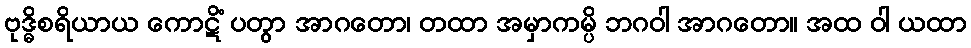
ဗုဒ္ဓိစရိယာယ ကောဋိံ ပတွာ အာဂတော၊ တထာ အမှာကမ္ပိ ဘဂဝါ အာဂတော။ အထ ဝါ ယထာ